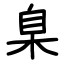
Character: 臬